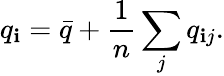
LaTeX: q_{\mathbf{i}}={\bar{{q}}}+\frac{{1}}{{n}}\sum_{j}q_{\mathbf{i}j}.